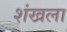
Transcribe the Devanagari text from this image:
शंखला